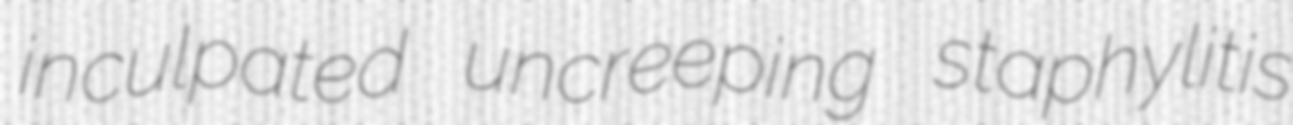
inculpated uncreeping staphylitis